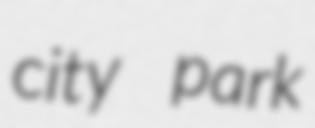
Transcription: city park